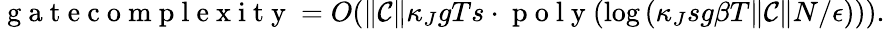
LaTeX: \mathrm{~g~a~t~e~c~o~m~p~l~e~x~i~t~y~}=O(\Vert\mathcal C\Vert\kappa_{J}gTs\cdot\mathrm{~p~o~l~y~}(\log{(\kappa_{J}sg\beta T\Vert\mathcal C\Vert N/\epsilon)})).